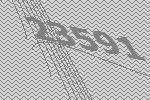
23591